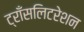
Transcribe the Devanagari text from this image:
ट्राँसलिटरेशन